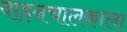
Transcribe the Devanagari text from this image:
वाहनचालकाला